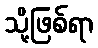
သို့ဖြစ်ရာ